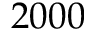
2 0 0 0